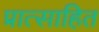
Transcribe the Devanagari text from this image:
प्रात्साहित